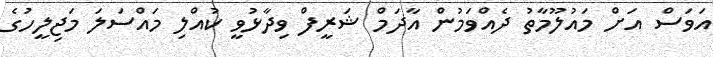
އަވަސް އަށް މައުލޫމާތު ދެއްވަމުން އާދަމް ޝަރީފް ވިދާޅުވީ ކުއްލި މައްްސަލަ މަޖިލީހުގެ